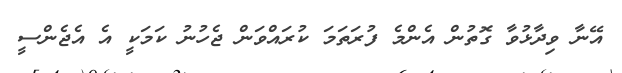
އޭނާ ވިދާޅުވާ ގޮތުން އެންމެ ފުރަތަމަ ކުރައްވަން ޖެހުނު ކަމަކީ އެ އެޖެންސީ